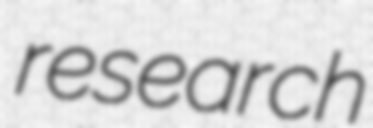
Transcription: research